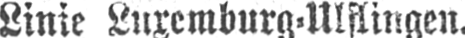
Linie Luxeumburg⸗Ulflingen.